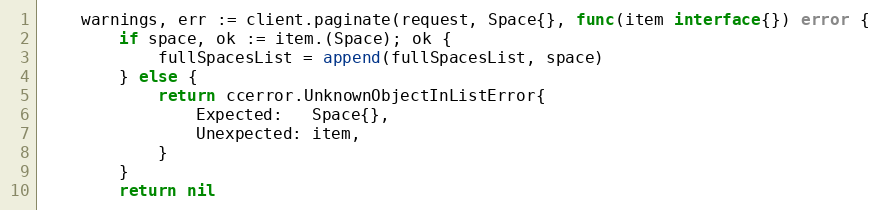
Language: Go
	warnings, err := client.paginate(request, Space{}, func(item interface{}) error {
		if space, ok := item.(Space); ok {
			fullSpacesList = append(fullSpacesList, space)
		} else {
			return ccerror.UnknownObjectInListError{
				Expected:   Space{},
				Unexpected: item,
			}
		}
		return nil